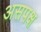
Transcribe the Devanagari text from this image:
असपक्ष